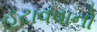
હટાવવાનો